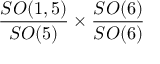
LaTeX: { \frac { S O ( 1 , 5 ) } { S O ( 5 ) } } \times { \frac { S O ( 6 ) } { S O ( 6 ) } }